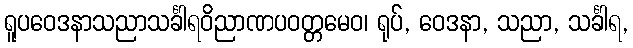
ရူပဝေဒနာသညာသင်္ခါရဝိညာဏပဝတ္တမေဝ၊ ရုပ်, ဝေဒနာ, သညာ, သင်္ခါရ,